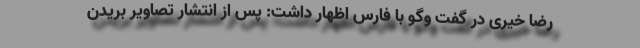
رضا خیری در گفت وگو با فارس اظهار داشت: پس از انتشار تصاویر بریدن